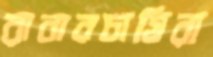
রাবারচাষিরা